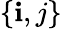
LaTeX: \{ \mathbf{i},j\}